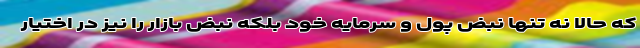
که حالا نه تنها نبض پول و سرمایه خود بلکه نبض بازار را نیز در اختیار